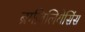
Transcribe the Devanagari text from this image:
ब्राज़िलियेसिंस